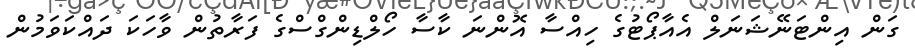
ގަން އިންޓަނޭޝަނަލް އެއާޕޯޓުގެ ހިއްސާ އޮންނަ ކާސާ ހޯލްޑިންގްސްގެ ފަރާތުން ވާހަކަ ދައްކަވަމުން